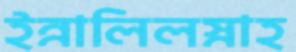
ইন্নালিলস্নাহ